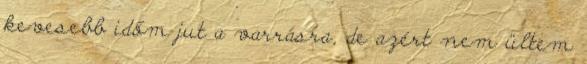
kevesebb időm jut a varrásra, de azért nem ültem